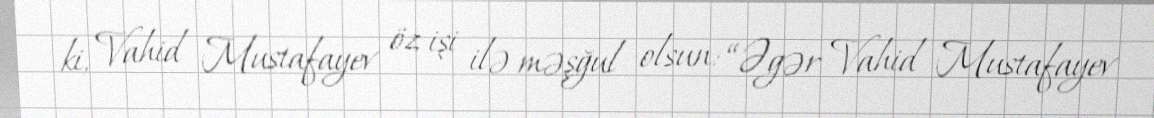
ki, Vahid Mustafayev öz işi ilə məşğul olsun: “Əgər Vahid Mustafayev